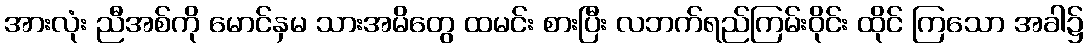
အားလုံး ညီအစ်ကို မောင်နှမ သားအမိတွေ ထမင်း စားပြီး လဘက်ရည်ကြမ်းဝိုင်း ထိုင် ကြသော အခါ၌